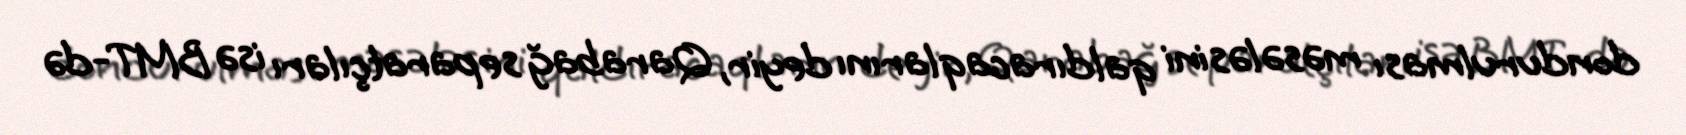
dondurulması məsələsini qaldıracaqlarını deyir, Qarabağ separatçıları isə BMT-də